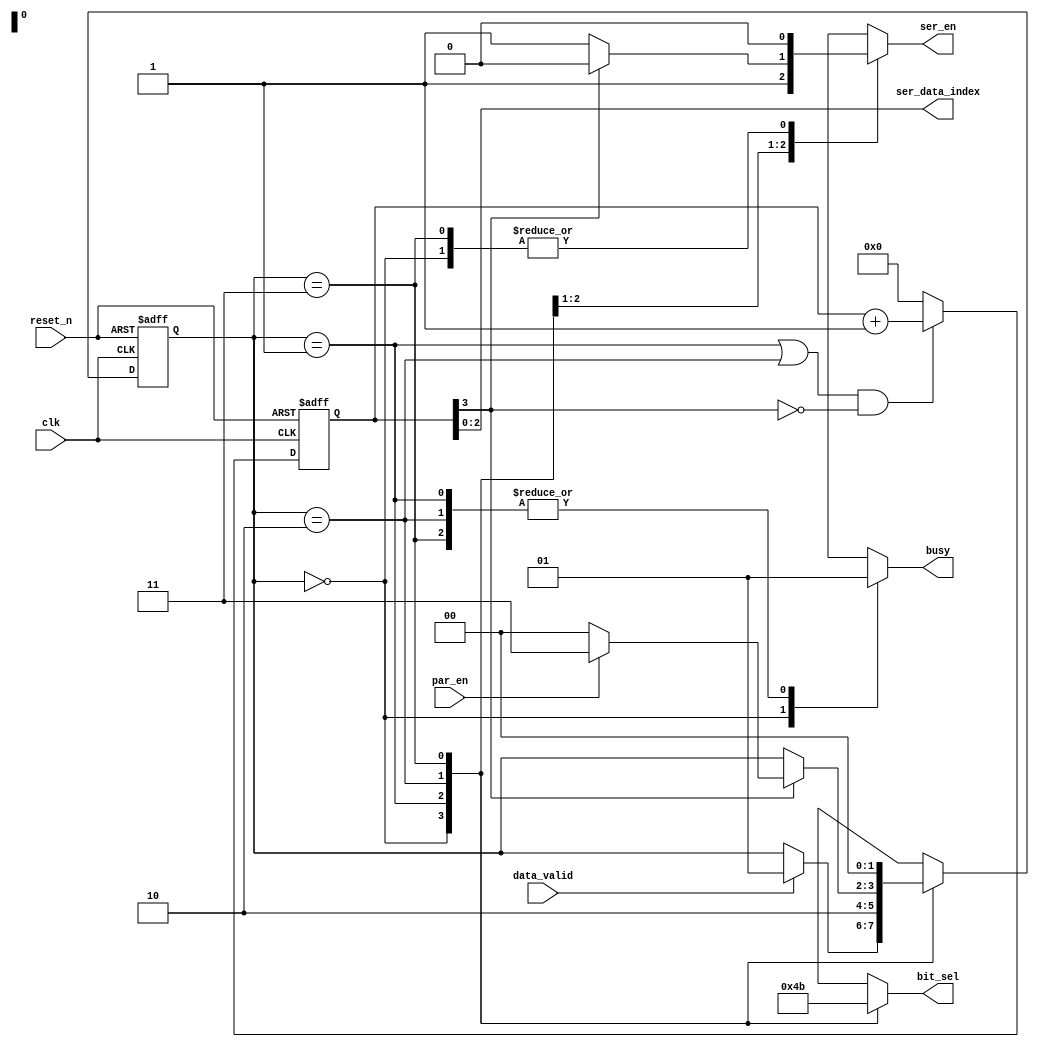
module uart_transmitter_fsm #(
	parameter DATA_WIDTH = 8,
	parameter START_BIT_SELECT = 2'b00,
	parameter STOP_BIT_SELECT = 2'b01,
	parameter SER_DATA_SELECT = 2'b10,
	parameter PAR_BIT_SELECT = 2'b11)
(
	input clk,    // Clock
	input reset_n,  // Asynchronous reset active low
	
	input par_en,
	input data_valid,

	output reg ser_en,
	output reg [1:0] bit_sel,
	output wire [$clog2(DATA_WIDTH) -1 :0] ser_data_index,
	output reg busy	
);

	reg [$clog2(DATA_WIDTH):0] serial_data_transmission_state;
	reg [1:0] current_state,next_state;

	localparam [2:0] IDLE= 3'b000;
	localparam [2:0] START_BIT_STATE= 3'b001;
	localparam [2:0] SER_DATA_STATE= 3'b010;
	localparam [2:0] PAR_BIT_STATE= 3'b011;
	localparam [2:0] STOP_BIT_STATE= 3'b100;

	always @(posedge clk or negedge reset_n) begin
		if(~reset_n) begin
			serial_data_transmission_state <= 0;
		end 
		else if( (current_state == START_BIT_STATE || current_state == SER_DATA_STATE) && ~serial_data_transmission_state[$clog2(DATA_WIDTH)] ) 
		begin
			serial_data_transmission_state <= serial_data_transmission_state + 1;
		end
		else
			serial_data_transmission_state <= 0;
	end

	assign ser_data_index = serial_data_transmission_state[$clog2(DATA_WIDTH)-1:0];

	always @(posedge clk or negedge reset_n) begin
		if(~reset_n) begin
			current_state <= IDLE;
		end else begin
			current_state <= next_state;
		end
	end
	always @(*)
	begin
		next_state = current_state;
		case(current_state)
			IDLE: 
			begin
				if(data_valid)
				begin
					next_state = START_BIT_STATE;
				end
			end
			START_BIT_STATE:
			begin
				next_state = SER_DATA_STATE;
			end
			SER_DATA_STATE: 
			begin
				if(serial_data_transmission_state[$clog2(DATA_WIDTH)])
				begin
					if(par_en)
						next_state = PAR_BIT_STATE;
					else
						next_state = STOP_BIT_STATE;
				end
			end
			PAR_BIT_STATE: 
			begin
				next_state = STOP_BIT_STATE;
			end
			STOP_BIT_STATE: 
			begin
				next_state = IDLE;
			end
		endcase
	end

	always @(*) begin
		busy = 0;
		bit_sel = STOP_BIT_SELECT;
		ser_en = 0;
		case(current_state)
			IDLE: 
			begin
				busy = 0;
				ser_en = 0;
				bit_sel = STOP_BIT_SELECT;
			end
			START_BIT_STATE: 
			begin
				ser_en = 1;
				busy = 1;
				bit_sel = START_BIT_SELECT;
			end
			SER_DATA_STATE: 
			begin
				busy = 1;
				if(serial_data_transmission_state[$clog2(DATA_WIDTH)])
					ser_en = 0;
				else
					ser_en = 1;
				bit_sel = SER_DATA_SELECT;
			end
			PAR_BIT_STATE: 
			begin
				busy = 1;
				ser_en  = 0;
				bit_sel = PAR_BIT_SELECT;
			end
			STOP_BIT_STATE:
			begin
				busy = 0;
				ser_en = 0;
				bit_sel = STOP_BIT_SELECT;
			end
		endcase
	end
endmodule